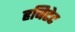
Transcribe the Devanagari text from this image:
हबिटेट